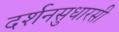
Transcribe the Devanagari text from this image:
दर्शनसुधारसी